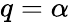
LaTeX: q=\alpha